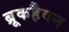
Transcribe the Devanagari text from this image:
ब्रूकहैवन